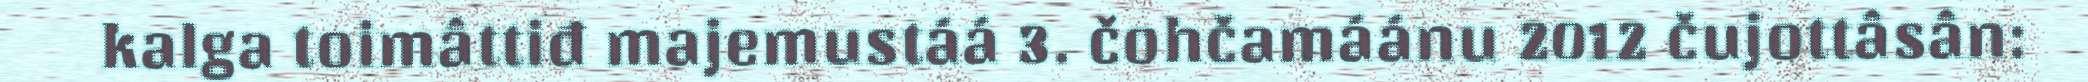
kalga toimâttiđ majemustáá 3. čohčamáánu 2012 čujottâsân: